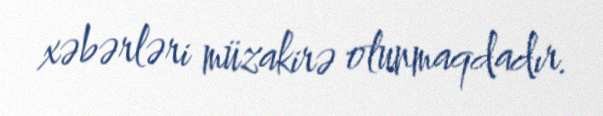
xəbərləri müzakirə olunmaqdadır.